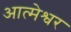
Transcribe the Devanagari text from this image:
आत्मेश्वर